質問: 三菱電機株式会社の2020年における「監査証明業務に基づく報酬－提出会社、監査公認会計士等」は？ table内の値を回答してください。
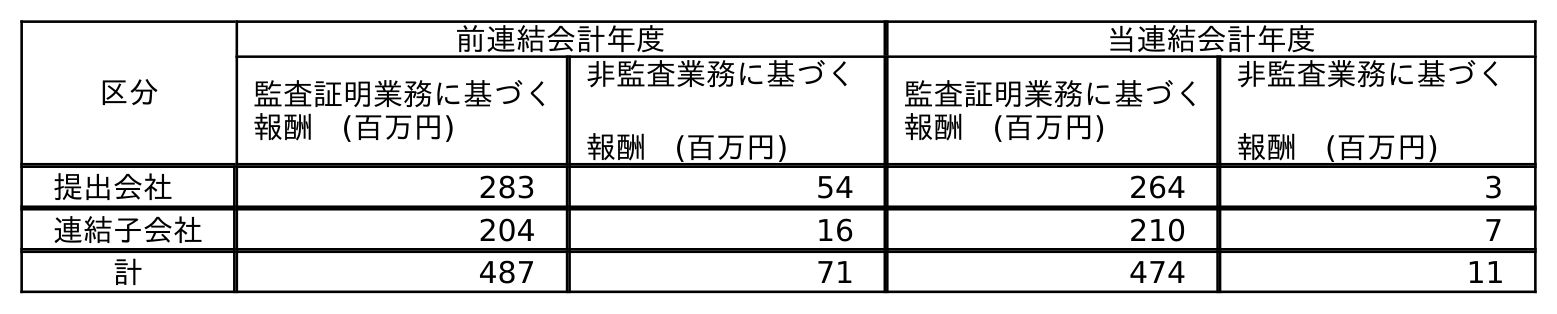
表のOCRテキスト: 区分 前連結会計年度 当連結会計年度 監査証明業務に基づく 報酬 (百万円) 非監査業務に基づく 報酬 (百万円) 監査証明業務に基づく 報酬 (百万円) 非監査業務に基づく 報酬 (百万円) 提出会社 283 54 264 3 連結子会社 204 16 210 7 計 487 71 474 11
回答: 264